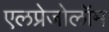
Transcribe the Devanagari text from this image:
एलप्रेजोलॉम